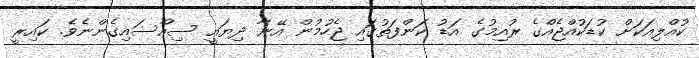
ކުއްލިއަކަށް ކުޑަކުއްޖެއްގެ ރުއިމުގެ އަޑު ކަންފަތުގައި ޖެހުމުން އޭނާ ދިޔައީ ސިއްސައިގެންނެވެ. ކައިރީ